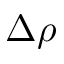
\Delta \rho